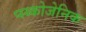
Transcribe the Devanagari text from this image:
प्स्य्कोजेनिक